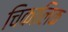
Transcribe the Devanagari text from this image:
चिकालिक